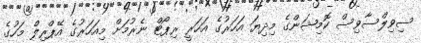
ސިވިލްސާވިސް ކޮމިޝަންގެ މިދިޔަ އަހަރުގެ އަހަރީ ރިޕޯޓް ނެރުމަށް މިއަހަރުގެ އޭޕްރިލް މަހުގެ